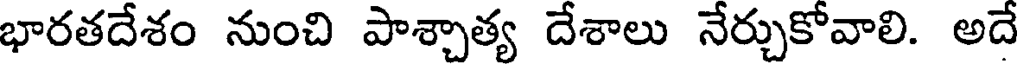
భారతదేశం నుంచి పాశ్చాత్య దేశాలు నేర్చుకోవాలి. అదే